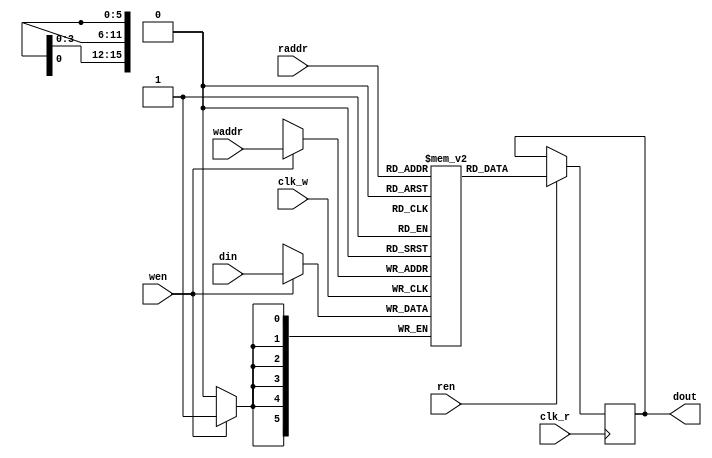
// This program was cloned from: https://github.com/zf3/nes260
// License: GNU General Public License v3.0

`timescale 1ns / 1ps

// 6-bit wide, 256*240-entry framebuffer, read/write dual-port
module nes_fb(
    input clk_r,        // DP clock
    input ren,
    input [15:0] raddr,
    output reg [5:0] dout,
    
    input clk_w,        // PPU clock
    input wen,
    input [15:0] waddr,
    input [5:0] din);
    
(* ram_style = "block" *) reg [5:0] fb [256*240-1:0];    // frame buffer of 256*240, 45KB

always @(posedge clk_r) begin
    if (ren) begin
        dout <= fb[raddr]; 
    end
end
    
always @(posedge clk_w) begin
    if (wen) begin
        fb[waddr] <= din;
    end
end

endmodule